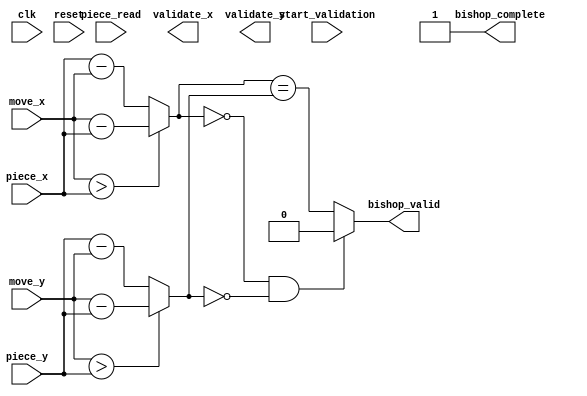
module validator_bishop (
  input clk,
  input start_validation,
  output reg bishop_complete,
  input reset,
  // path info
  input [2:0] piece_x, piece_y,
  input [2:0] move_x, move_y,
  // memory access
  input [3:0] piece_read,
  output [2:0] validate_x, validate_y,
  output reg bishop_valid
  );
  wire [2:0] x_dis, y_dis;
  assign x_dis = (move_x > piece_x) ? (move_x - piece_x) : (piece_x - move_x);
  assign y_dis = (move_y > piece_y) ? (move_y - piece_y) : (piece_y - move_y);

  always @ ( * ) begin
    // staying in original position is not allowed
    if((x_dis == 3'd0) && (y_dis == 3'd0)) begin
      bishop_valid = 1'b0;
    end
    else begin
      bishop_valid = (x_dis == y_dis);
    end
//	 $display("[Bishop] x_dis:%d y_dis:%d", x_dis, y_dis);
   bishop_complete = 1'b1;
  end

endmodule // validator_bishop